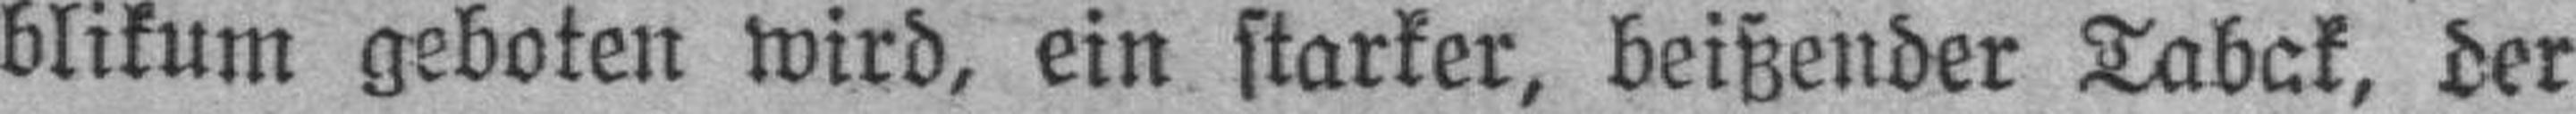
blikum geboten wird, ein starker, beißender Tabak, der